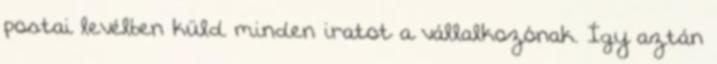
postai levélben küld minden iratot a vállalkozónak. Így aztán